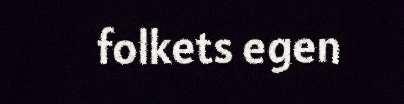
folkets egen